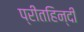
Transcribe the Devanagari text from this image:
प्रीतहिन्दी